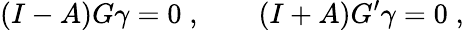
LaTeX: (I-A)G\gamma=0\; ,\qquad(I+A)G^{\prime}\gamma=0\; ,